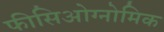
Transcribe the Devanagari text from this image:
फीसिओग्नोमिक